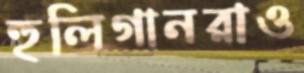
হুলিগানরাও